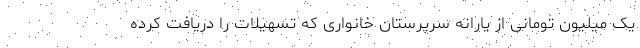
یک میلیون تومانی از یارانه سرپرستان خانواری که تسهیلات را دریافت کرده